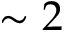
\sim 2